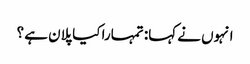
انہوں نے کہا: تمہارا کیا پلان ہے ؟